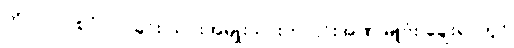
ကို၂၀၁၇ စုပုံလာခြင်း ယင်းအမျိုးသားက ၎င်းအဏုမြူဗုံး ချေးရာတွင်